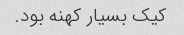
کیک بسیار کهنه بود.